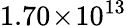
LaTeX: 1.70\! \times\! 10^{13}